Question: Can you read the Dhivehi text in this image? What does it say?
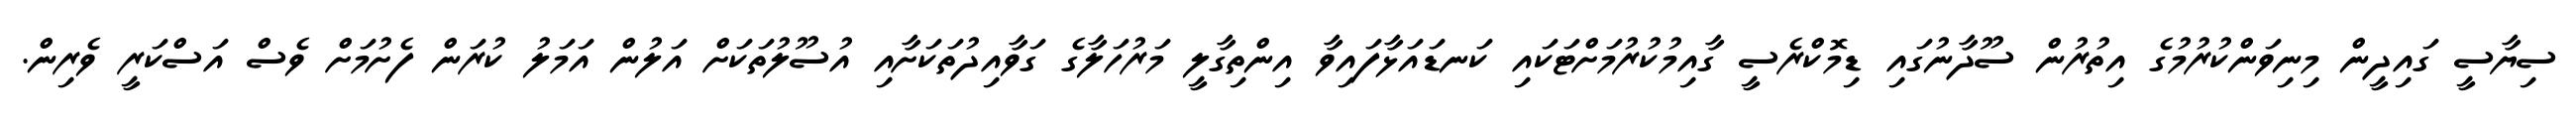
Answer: ސިޔާސީ ގައިދީން މިނިވަންކުރުމުގެ އިތުރުން ސޫދާނުގައި ޑިމޮކްރެސީ ގާއިމުކުރުމަށްޓަކައި ކަނޑައަޅާފައިވާ އިންތިގާލީ މަރުހަލާގެ ގަވާއިދުތަކަށާއި އުސޫލުތަކަށް އަލުން އަމަލު ކުރަން ފެށުމަށް ވެސް އަސްކަރީ ވެރިން.